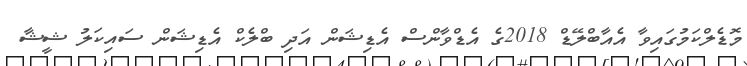
މޮޑެލްކަމުގައިވާ އެއާބްލޭޑް 2018ގެ އެޑްވާންސް އެޑިޝަން އަދި ބްލެކް އެޑިޝަން ސައިކަލު ޝީޝާ